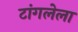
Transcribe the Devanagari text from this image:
टांगलेला